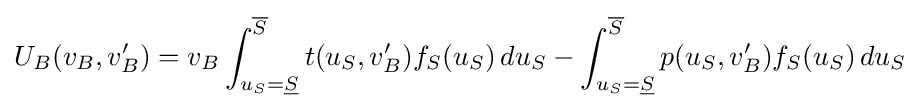
U_{B}(v_{B},v'_{B})=v_{B}\int _{u_{S}={\underline {S}}}^{\overline {S}}t(u_{S},v'_{B})f_{S}(u_{S})\,du_{S}-\int _{u_{S}={\underline {S}}}^{\overline {S}}p(u_{S},v'_{B})f_{S}(u_{S})\,du_{S}